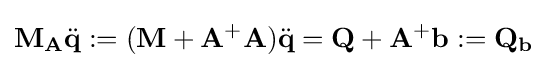
\mathbf {M} _{\mathbf {A} }{\ddot {\mathbf {q} }}:=(\mathbf {M} +\mathbf {A} ^{+}\mathbf {A} ){\ddot {\mathbf {q} }}=\mathbf {Q} +\mathbf {A} ^{+}\mathbf {b} :=\mathbf {Q} _{\mathbf {b} }